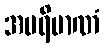
အပရိမာဏံ